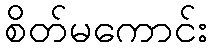
စိတ်မကောင်း